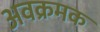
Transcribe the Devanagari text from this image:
अवक्रमक